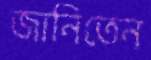
জানিতেন